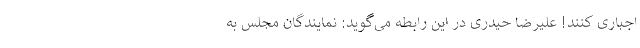
اجباری کنند! علیرضا حیدری در این رابطه می‌گوید: نمایندگان مجلس به